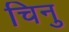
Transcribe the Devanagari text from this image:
चिनु